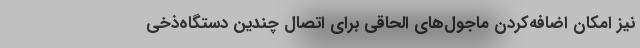
نیز امکان اضافه‌کردن ماجول‌های الحاقی برای اتصال چندین دستگاه‌ذخی